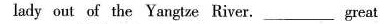
lady out of the Yangtze River._great